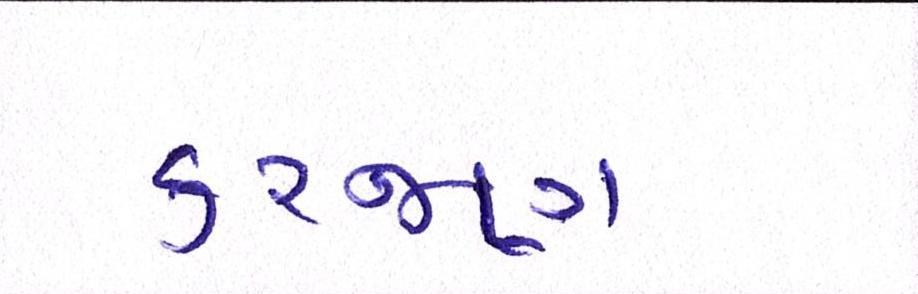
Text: કરજણ